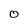
Character: O